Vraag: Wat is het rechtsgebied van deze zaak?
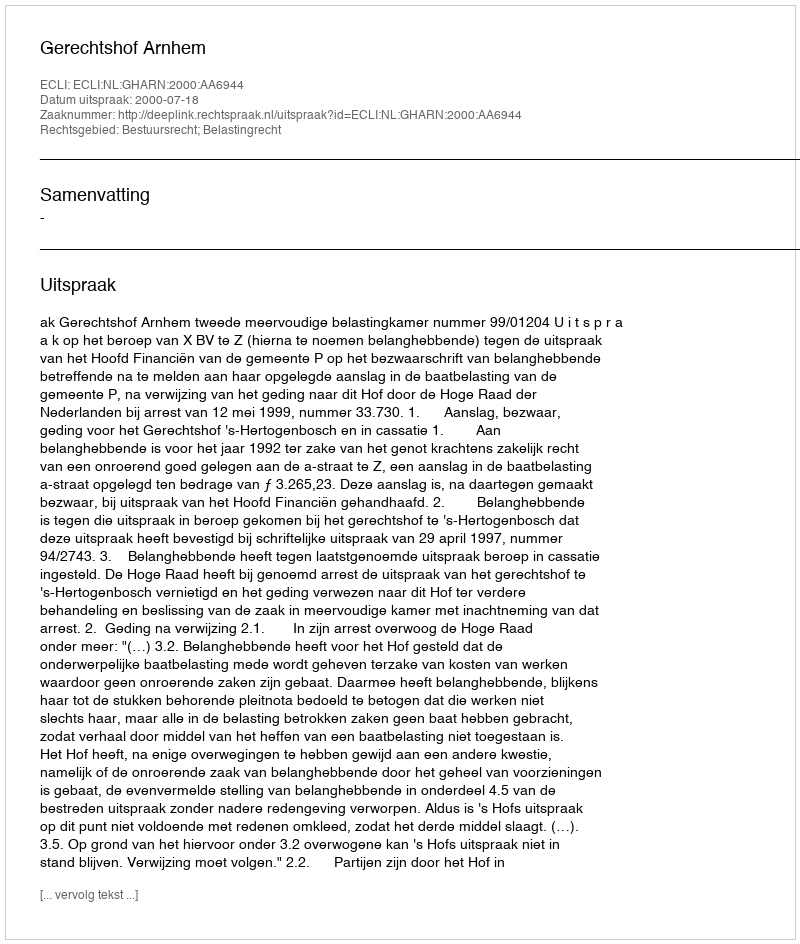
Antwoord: Bestuursrecht; Belastingrecht